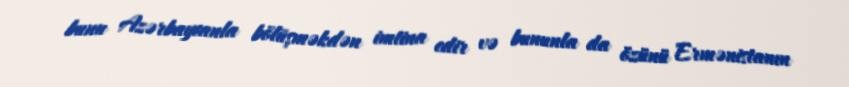
bunu Azərbaycanla bölüşməkdən imtina edir və bununla da özünü Ermənistanın